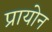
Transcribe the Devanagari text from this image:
प्रायोन